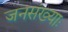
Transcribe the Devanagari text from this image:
जनसंख्याः